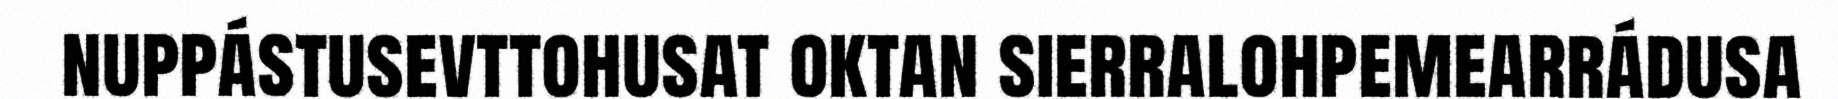
nuppástusevttohusat oktan sierralohpemearrádusa